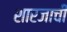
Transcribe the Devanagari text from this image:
शारजाची